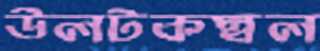
উলটকম্বল